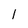
Character: 1